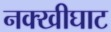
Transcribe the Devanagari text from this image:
नक्खीघाट